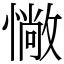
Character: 𢠵